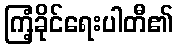
ကြံ့ခိုင်ရေးပါတီ၏